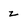
Character: z